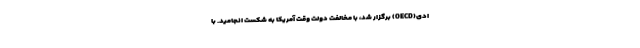
ادی(OECD) برگزار شد، با مخالفت دولت وقت آمریکا به شکست انجامید. با